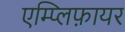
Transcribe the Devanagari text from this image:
एम्प्लिफ़ायर